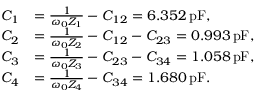
\begin{array} { r l } { C _ { 1 } } & { = \frac { 1 } { \omega _ { 0 } Z _ { 1 } } - C _ { 1 2 } = 6 . 3 5 2 \, \mathrm { p F } , } \\ { C _ { 2 } } & { = \frac { 1 } { \omega _ { 0 } Z _ { 2 } } - C _ { 1 2 } - C _ { 2 3 } = 0 . 9 9 3 \, \mathrm { p F } , } \\ { C _ { 3 } } & { = \frac { 1 } { \omega _ { 0 } Z _ { 3 } } - C _ { 2 3 } - C _ { 3 4 } = 1 . 0 5 8 \, \mathrm { p F } , } \\ { C _ { 4 } } & { = \frac { 1 } { \omega _ { 0 } Z _ { 4 } } - C _ { 3 4 } = 1 . 6 8 0 \, \mathrm { p F } . } \end{array}